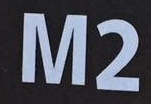
M2